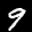
Digit: 9